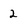
Character: 2